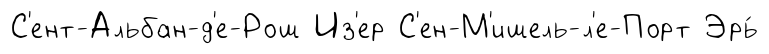
С'ент-Альбан-д'е-Рош Из'ер С'ен-М'ишель-л'е-Порт Эрь́